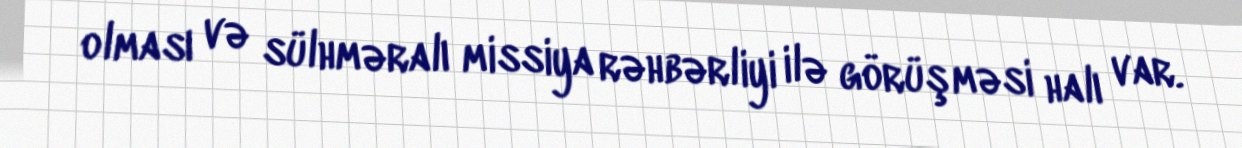
olması və sülhməralı missiya rəhbərliyi ilə görüşməsi halı var.